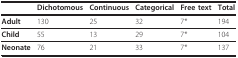
<table><thead><tr><td></td><td><b>Dichotomous</b></td><td><b>Continuous</b></td><td><b>Categorical</b></td><td><b>Free text</b></td><td><b>Total</b></td></tr></thead><tbody><tr><td><b>Adult</b></td><td>130</td><td>25</td><td>32</td><td>7*</td><td>194</td></tr><tr><td><b>Child</b></td><td>55</td><td>13</td><td>29</td><td>7*</td><td>104</td></tr><tr><td><b>Neonate</b></td><td>76</td><td>21</td><td>33</td><td>7*</td><td>137</td></tr></tbody></table>